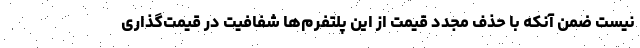
نیست ضمن آنکه با حذف مجدد قیمت از این پلتفرم‌ها شفافیت در قیمت‌گذاری